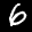
Label: 6